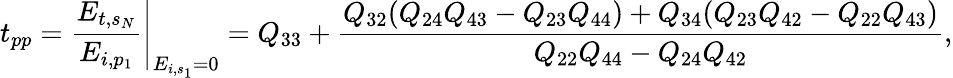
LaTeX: t_{pp}=\left.\frac{E_{t,s_{N}}}{E_{i,p_{1}}}\right\vert_{E_{i,s_{1}}=0}=Q_{33}+\frac{Q_{32}(Q_{24}Q_{43}-Q_{23}Q_{44})+Q_{34}(Q_{23}Q_{42}-Q_{22}Q_{43})}{Q_{22}Q_{44}-Q_{24}Q_{42}},